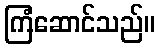
ကြံဆောင်သည်။